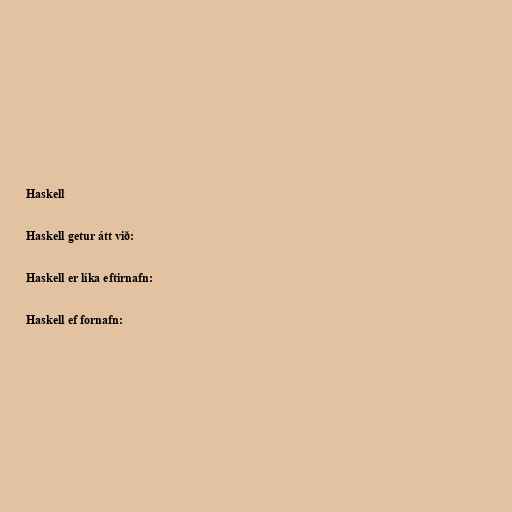
Haskell

Haskell getur átt við:

Haskell er líka eftirnafn:

Haskell ef fornafn: